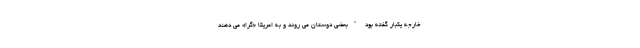
خارجه يكبار گفته بود "بعضی دوستان می روند و به امریکا «گرا» می دهند